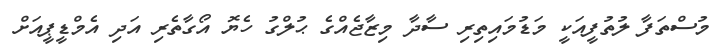
މުސްތަފާ ލުތުފީއަކީ މަޑުމައިތިރި ސާދާ މިޒާޖެއްގެ ޙުލްގު ހެޔޮ އޯގާތެރި އަދި އެމްޑީޕީއަށް